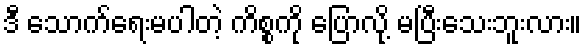
ဒီ သောက်ရေးမပါတဲ့ ကိစ္စကို ပြောလို့ မပြီးသေးဘူးလား။